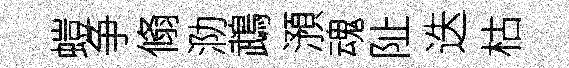
螘争翛泐鵡澦魂阯迭枯